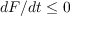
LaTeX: { d F } / { d t } \leq 0